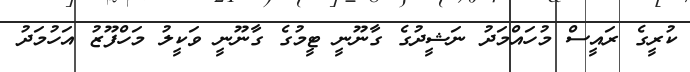
ކުރީގެ ރައީސް މުހައްމަދު ނަޝީދުގެ ގާނޫނީ ޓީމުގެ ގާނޫނީ ވަކީލު މަހްފޫޒު އަހުމަދު